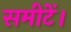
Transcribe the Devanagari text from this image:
समीटें।